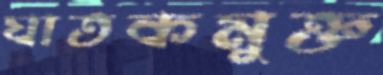
ঘাতকমুক্ত